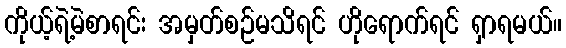
ကိုယ့်ရဲ့မဲစာရင်း အမှတ်စဉ်မသိရင် ဟိုရောက်ရင် ရှာရမယ်။